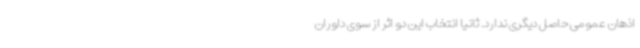
اذهان عمومی حاصل دیگری ندارد. ثانیاً انتخاب این دو اثر از سوی داوران